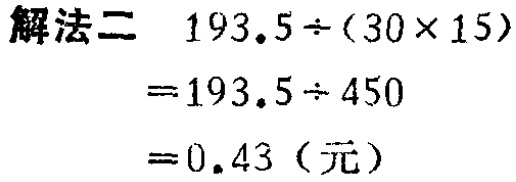
解法二

\[

\begin{align*}

&193.5\div(30\times15)\\

=&193.5\div450\\

=&0.43 \text{（元）}

\end{align*}

\]